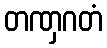
တဏှဂတံ